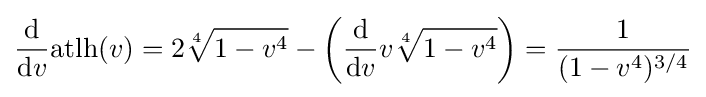
{\frac {\mathrm {d} }{\mathrm {d} v}}{\text{atlh}}(v)=2{\sqrt[{4}]{1-v^{4}}}-{\biggl (}{\frac {\mathrm {d} }{\mathrm {d} v}}v{\sqrt[{4}]{1-v^{4}}}{\biggr )}={\frac {1}{(1-v^{4})^{3/4}}}